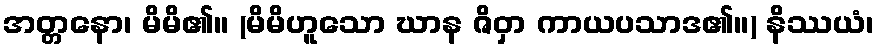
အတ္တနော၊ မိမိ၏။ (မိမိဟူသော ဃာန ဇိဝှာ ကာယပသာဒ၏။) နိဿယံ၊